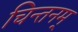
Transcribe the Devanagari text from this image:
चिन्तनम्